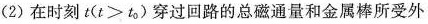
(2)在时刻$$t ( t > t _ { 0 } )$$穿过回路的总磁通量和金属棒所受外